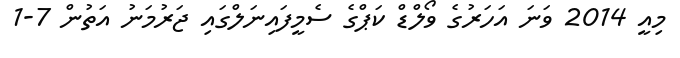
މިއީ 2014 ވަނަ އަހަރުގެ ވޯލްޑް ކަޕްގެ ސެމީފައިނަލްގައި ޖަރުމަނު އަތުން 7-1